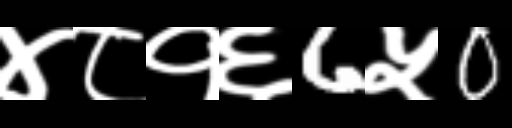
Text: ४८१६6५0